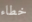
خطاء